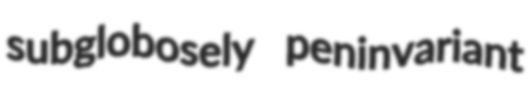
subglobosely peninvariant